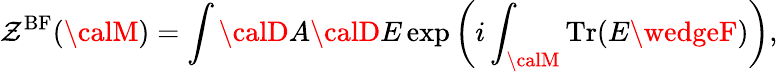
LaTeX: \mathcal{Z}^{\mathrm{{BF}}}({\calM})=\int{\calD}A{\calD}E\exp\left(i\int_{\calM}\mathrm{{Tr}}(E\wedgeF)\right),